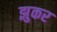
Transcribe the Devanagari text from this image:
झुकर